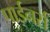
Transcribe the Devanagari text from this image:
पार्डनर्स